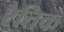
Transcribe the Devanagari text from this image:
रैतिक